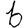
Digit: 6